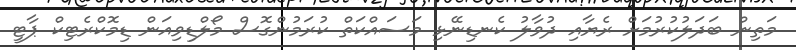
މަތިން ބަދަލުކުރުމަށް ރެޔާއި ދުވާލު ކެނޑިނޭޅި މަސައްކަތް ކުރަމުންގޮސް މޯލްޑިވިއަން ޑިމޮކްރެޓިކް ޕާޓީ